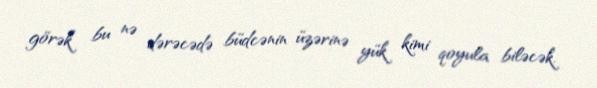
görək bu nə dərəcədə büdcənin üzərinə yük kimi qoyula biləcək.